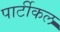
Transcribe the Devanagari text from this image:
पार्टीकल